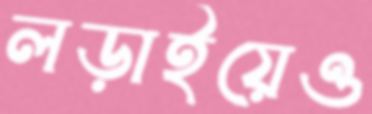
লড়াইয়েও